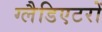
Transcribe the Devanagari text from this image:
ग्लैडिएटरों